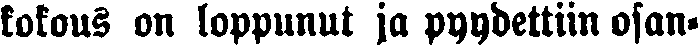
kokous on loppunut ja pyydettiin osan-